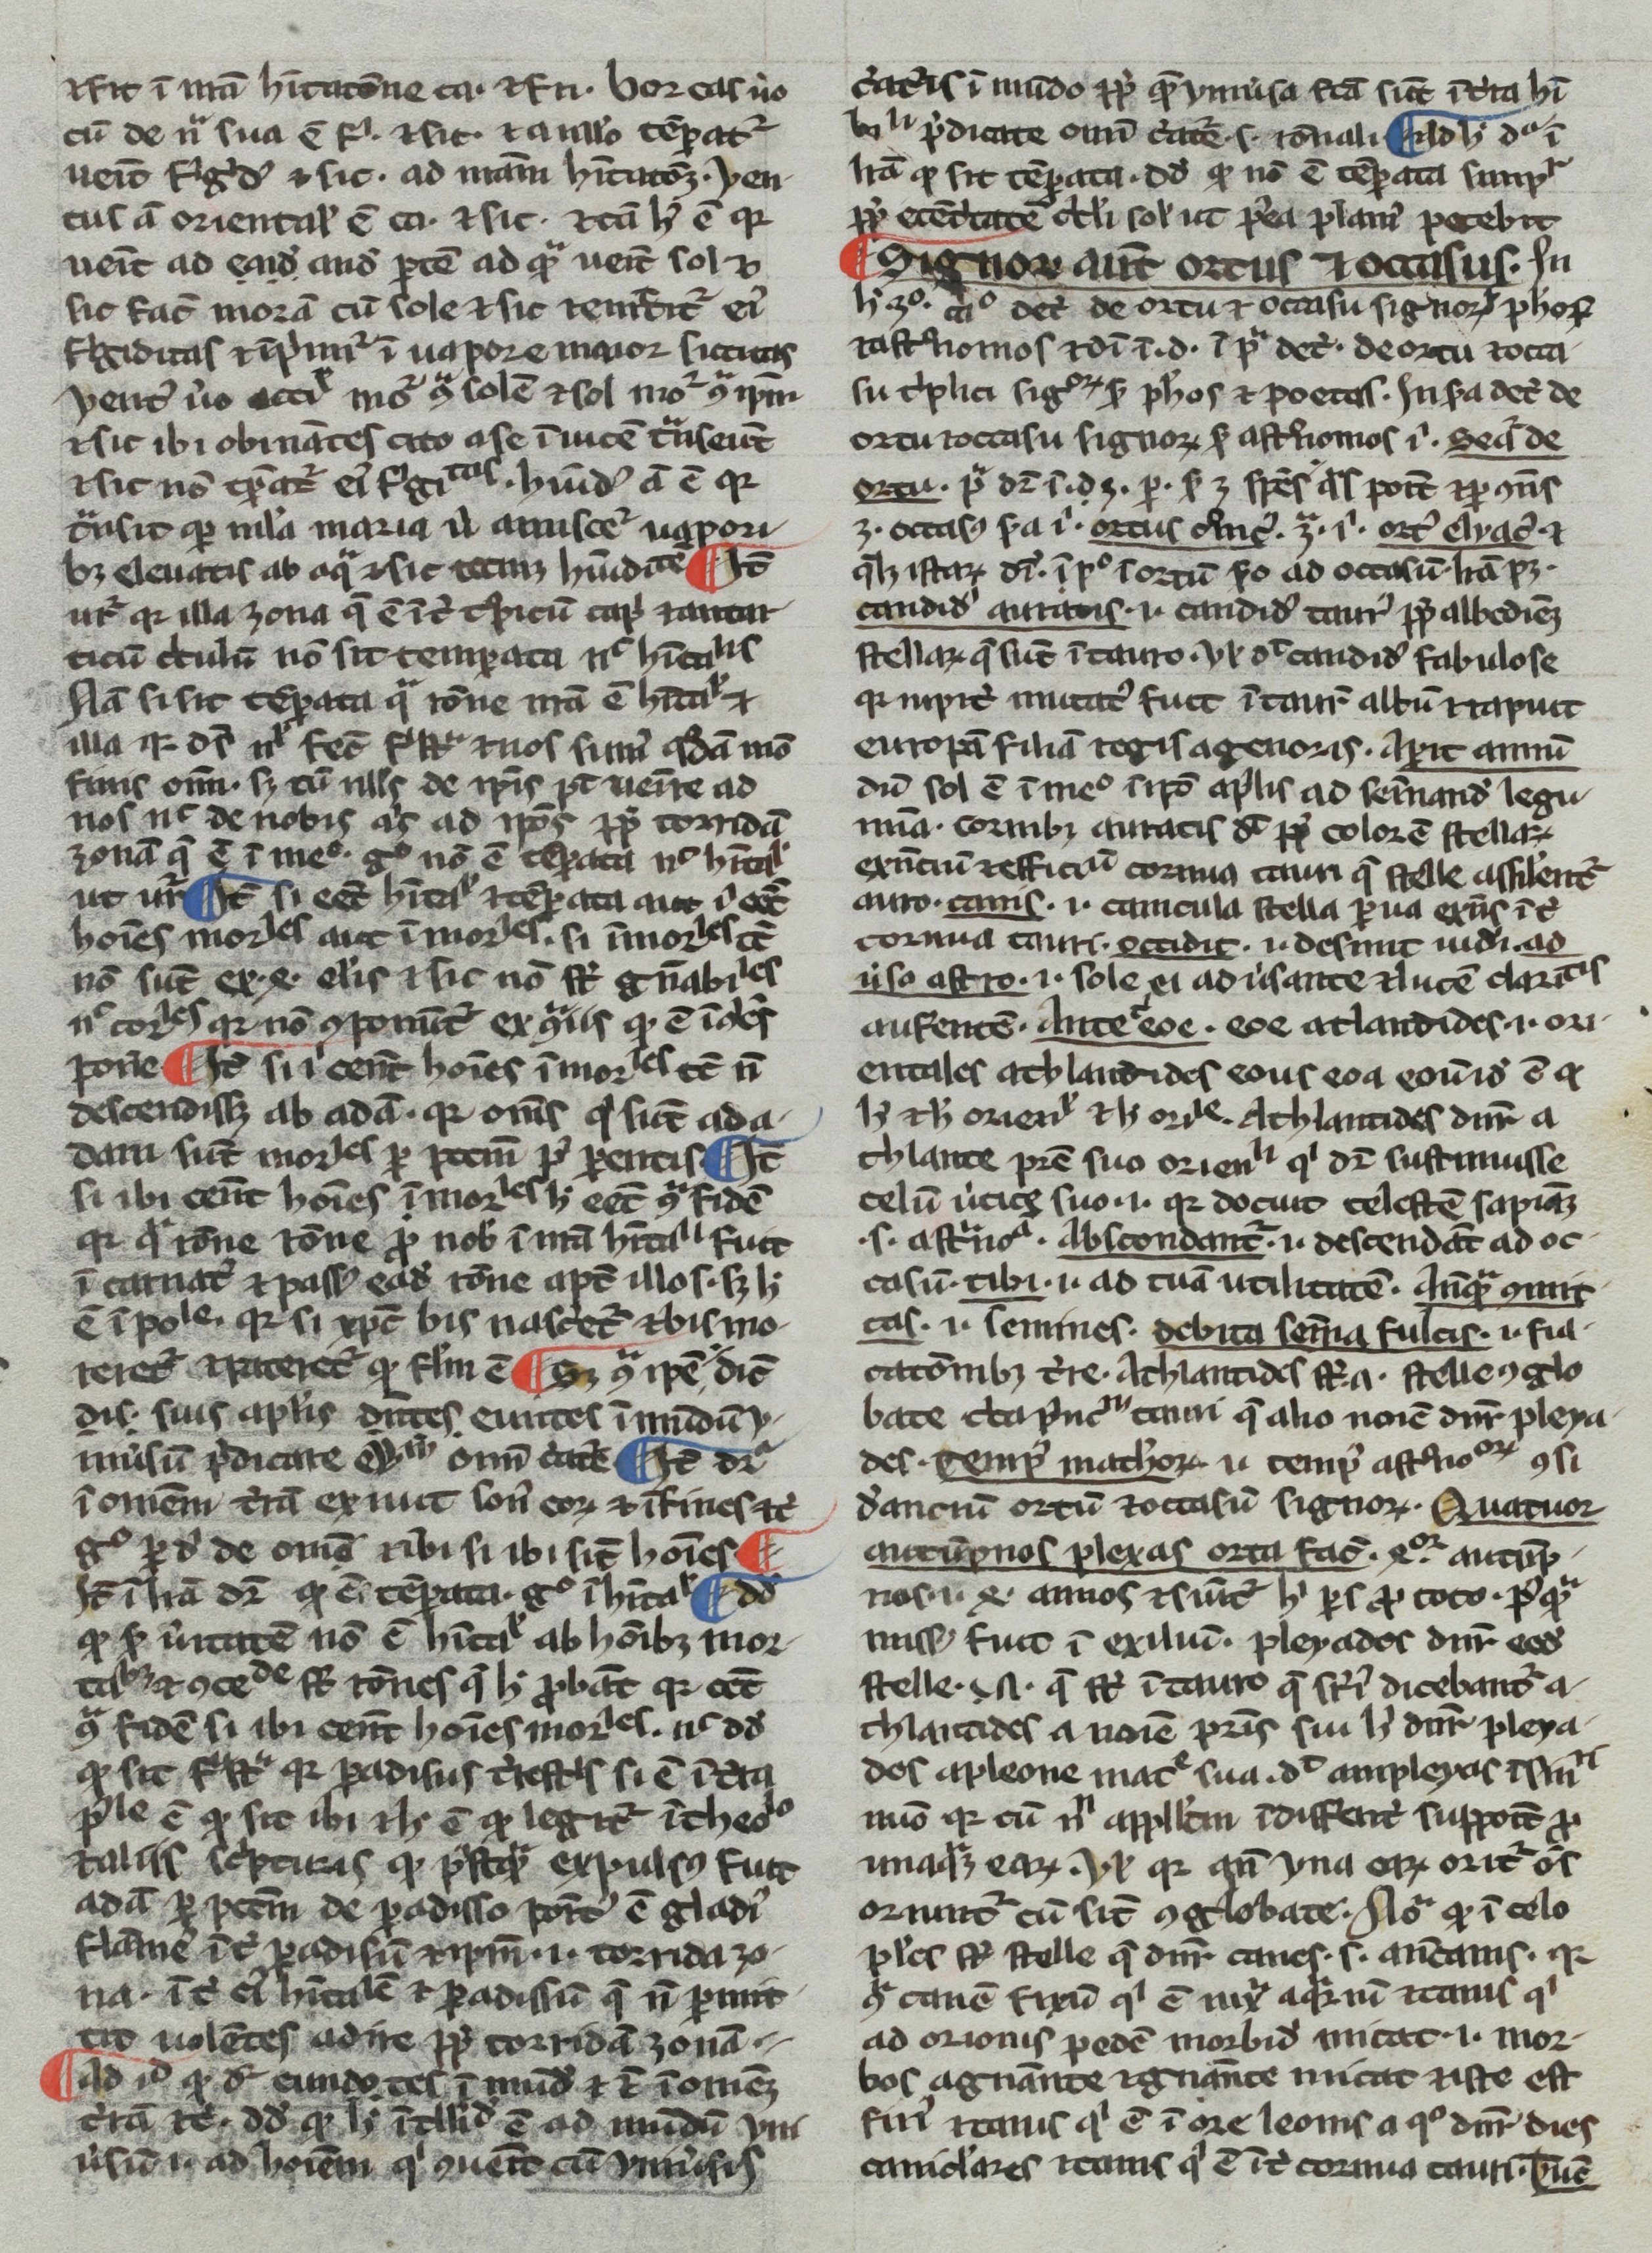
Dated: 1266–1299